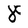
Character: 8